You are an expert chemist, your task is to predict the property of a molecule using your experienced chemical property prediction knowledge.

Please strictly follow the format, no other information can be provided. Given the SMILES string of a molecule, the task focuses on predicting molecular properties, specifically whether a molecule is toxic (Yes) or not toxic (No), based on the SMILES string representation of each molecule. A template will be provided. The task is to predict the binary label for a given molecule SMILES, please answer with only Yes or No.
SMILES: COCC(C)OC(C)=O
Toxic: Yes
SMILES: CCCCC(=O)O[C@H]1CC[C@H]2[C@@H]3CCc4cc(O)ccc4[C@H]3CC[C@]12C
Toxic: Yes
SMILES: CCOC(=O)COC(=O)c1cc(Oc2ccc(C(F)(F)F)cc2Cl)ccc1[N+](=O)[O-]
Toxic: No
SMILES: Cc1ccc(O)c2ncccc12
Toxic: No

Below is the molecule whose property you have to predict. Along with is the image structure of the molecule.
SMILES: CCOP(=S)(OCC)Oc1ncn(-c2ccccc2)n1
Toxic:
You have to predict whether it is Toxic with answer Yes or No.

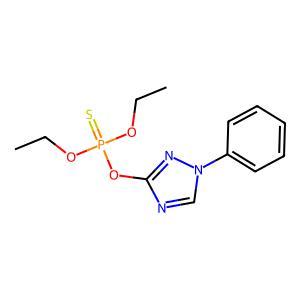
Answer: No